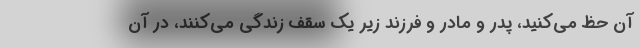
آن حظ می‌کنید، پدر و مادر و فرزند زیر یک سقف زندگی می‌کنند، در آن